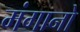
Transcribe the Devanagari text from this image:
मंगानो